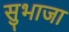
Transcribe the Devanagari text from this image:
सुभाजा